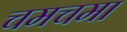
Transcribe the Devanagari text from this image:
चमचमा